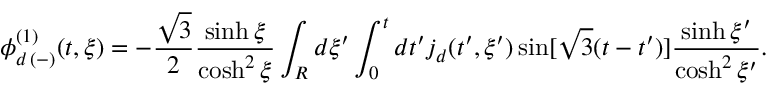
\phi _ { d \, ( - ) } ^ { ( 1 ) } ( t , \xi ) = - \frac { \sqrt { 3 } } { 2 } \frac { \sinh \xi } { \cosh ^ { 2 } \xi } \int _ { R } d \xi ^ { \prime } \int _ { 0 } ^ { t } d t ^ { \prime } j _ { d } ( t ^ { \prime } , \xi ^ { \prime } ) \sin [ \sqrt { 3 } ( t - t ^ { \prime } ) ] \frac { \sinh \xi ^ { \prime } } { \cosh ^ { 2 } \xi ^ { \prime } } .